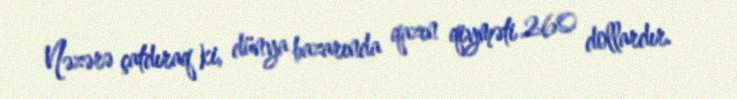
Nəzərə çatdıraq ki, dünya bazarında qazın qiyməti 260 dollardır.